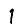
Digit: 1